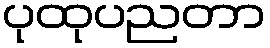
ပုထုပညတာ